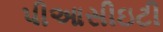
પીઆસીઇટી